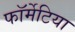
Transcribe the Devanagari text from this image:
फॉर्मेटिया